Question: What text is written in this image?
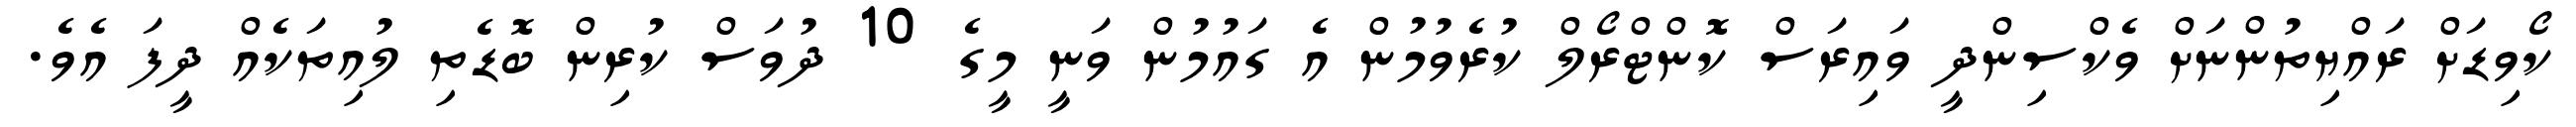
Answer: ކޯވިޑަށް ރައްޔިތުންނަށް ވެކްސިންދީ ވައިރަސް ކޮންޓްރޯލް ކުރެވުމުން އެ ގައުމުން ވަނީ މީގެ 10 ދުވަސް ކުރިން ބޮޑެތި ލުއިތަކެއް ދީފަ އެވެ.